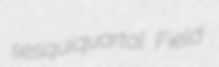
sesquiquartal Field